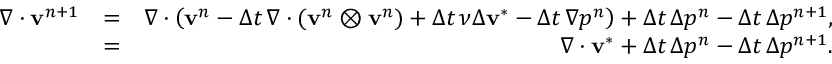
\begin{array} { r l r } { \nabla \cdot \mathbf { v } ^ { n + 1 } } & { = } & { \nabla \cdot \left( \mathbf { v } ^ { n } - { \Delta t } \, \nabla \cdot ( \mathbf { v } ^ { n } \otimes \mathbf { v } ^ { n } ) + { \Delta t } \, \nu \Delta \mathbf { v } ^ { * } - { \Delta t } \, \nabla p ^ { n } \right) + { \Delta t } \, \Delta p ^ { n } - { \Delta t } \, \Delta p ^ { n + 1 } , } \\ & { = } & { \nabla \cdot \mathbf { v } ^ { * } + { \Delta t } \, \Delta p ^ { n } - { \Delta t } \, \Delta p ^ { n + 1 } . } \end{array}